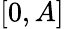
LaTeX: [0,A]